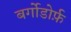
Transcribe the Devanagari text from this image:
बर्गोडोर्फ़